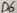
Text: D6